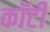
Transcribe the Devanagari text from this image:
कॉटी